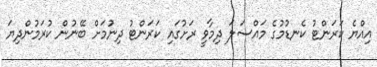
އިއްޔެ ކަރަންޓު ކެނޑުމުގެ މައްސަލަ ދިމާވީ ރަށުގައި ކަރަންޓު ދިނުމަށް ބޭނުން ކުރަމުންދިޔަ